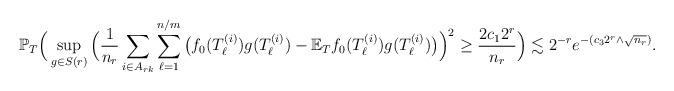
LaTeX: \begin{align*}\mathbb{P}_{T}\Big(\sup_{g\in S(r)}\Big(\frac{1}{n_r}\sum_{i\in A_{r k}}\sum_{\ell=1}^{n/m} \big(f_0(T_{\ell}^{(i)})g(T^{(i)}_\ell)-\mathbb{E}_{T}f_0(T_{\ell}^{(i)})g(T^{(i)}_\ell)\big)\Big)^2 \geq \frac{2c_1 2^r}{n_r} \Big)\lesssim 2^{-r}e^{-(c_3 2^{r}\wedge \sqrt{n_r})}.\end{align*}